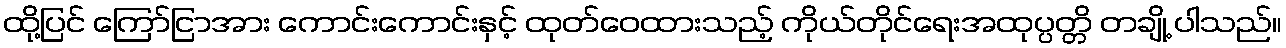
ထို့ပြင် ကြော်ငြာအား ကောင်းကောင်းနှင့် ထုတ်ဝေထားသည့် ကိုယ်တိုင်ရေးအထုပ္ပတ္တိ တချို့ ပါသည်။